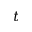
t